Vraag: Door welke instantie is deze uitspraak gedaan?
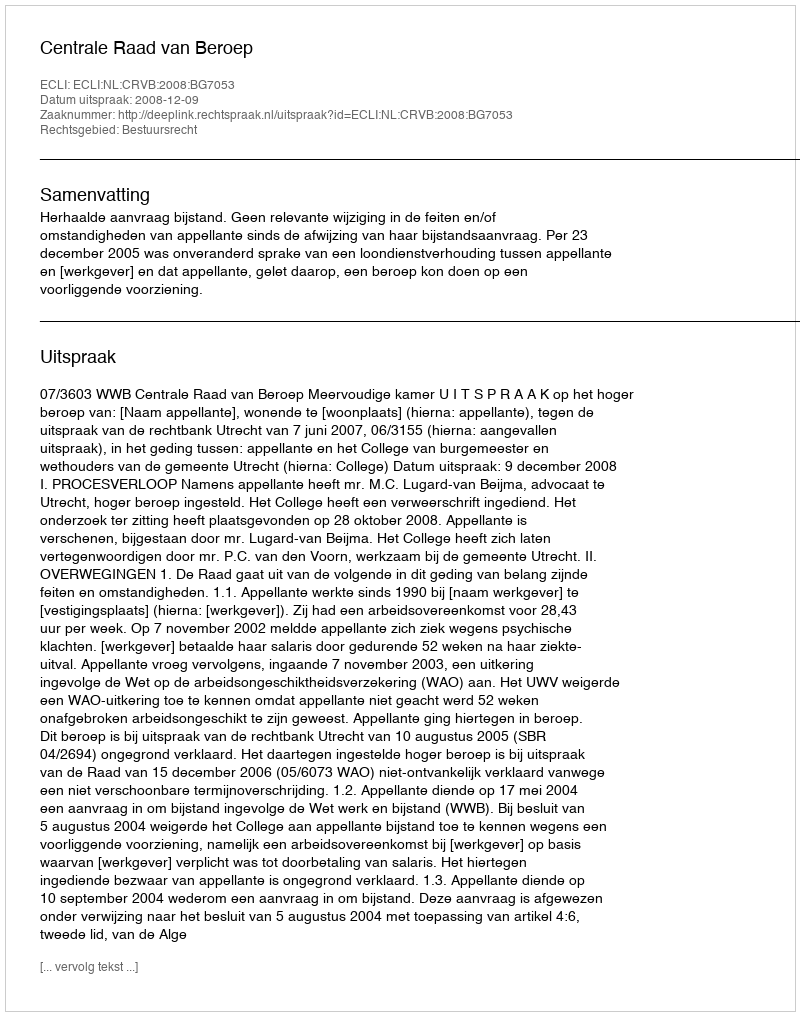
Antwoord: Centrale Raad van Beroep